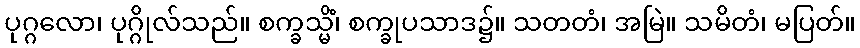
ပုဂ္ဂလော၊ ပုဂ္ဂိုလ်သည်။ စက္ခသ္မိံ၊ စက္ခုပသာဒ၌။ သတတံ၊ အမြဲ။ သမိတံ၊ မပြတ်။